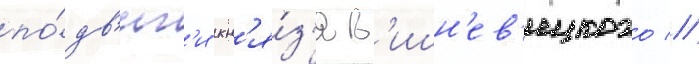
по́дв'иг'и кн'я́з'я в'ишн'ев'ецкого //